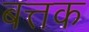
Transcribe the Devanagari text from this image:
बत्तक